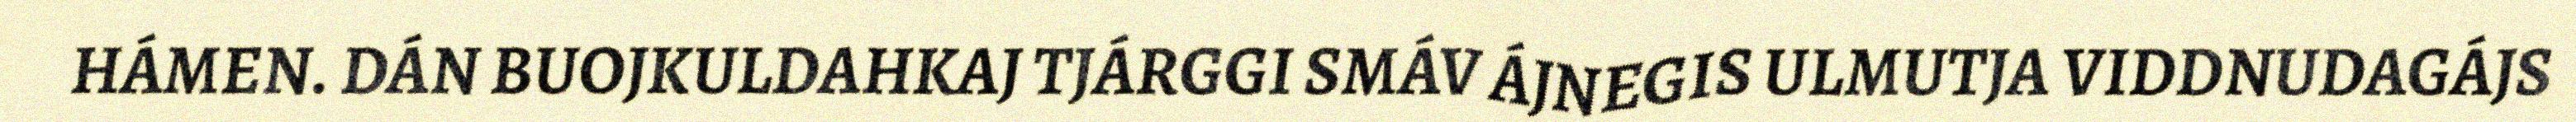
HÁMEN. DÁN BUOJKULDAHKAJ TJÁRGGI SMÁV ÁJNEGIS ULMUTJA VIDDNUDAGÁJS